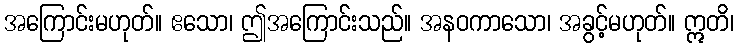
အကြောင်းမဟုတ်။ ဧသော၊ ဤအကြောင်းသည်။ အနဝကာသော၊ အခွင့်မဟုတ်။ ဣတိ၊